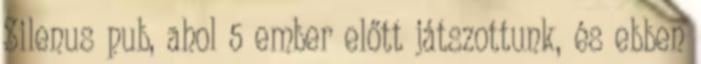
Silenus pub, ahol 5 ember előtt játszottunk, és ebben